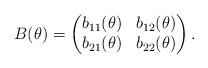
LaTeX: \begin{align*} B(\theta)=\begin{pmatrix} b_{11}(\theta)&b_{12}(\theta)\\ b_{21}(\theta)&b_{22}(\theta) \end{pmatrix}.\end{align*}